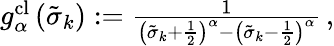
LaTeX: \begin{array}{r}{g_{\alpha}^{\textrm{cl}}\left(\tilde{\sigma}_{k}\right):=\frac{1}{\left(\tilde{\sigma}_{k}+\frac{1}{2}\right)^{\alpha}-\left(\tilde{\sigma}_{k}-\frac{1}{2}\right)^{\alpha}}\, ,}\end{array}